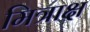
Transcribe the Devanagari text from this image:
मित्राक्ष